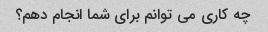
چه کاری می توانم برای شما انجام دهم؟